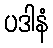
ပဒါနံ